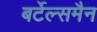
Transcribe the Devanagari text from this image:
बर्टेल्समैन